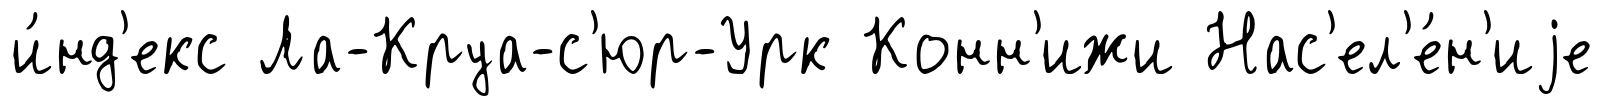
и́нд'екс Ла-Круа-с'юр-Урк Конн'ижи Нас'ел'е́н'иjе